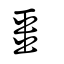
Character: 畺